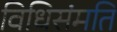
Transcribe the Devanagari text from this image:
विधिसंमति